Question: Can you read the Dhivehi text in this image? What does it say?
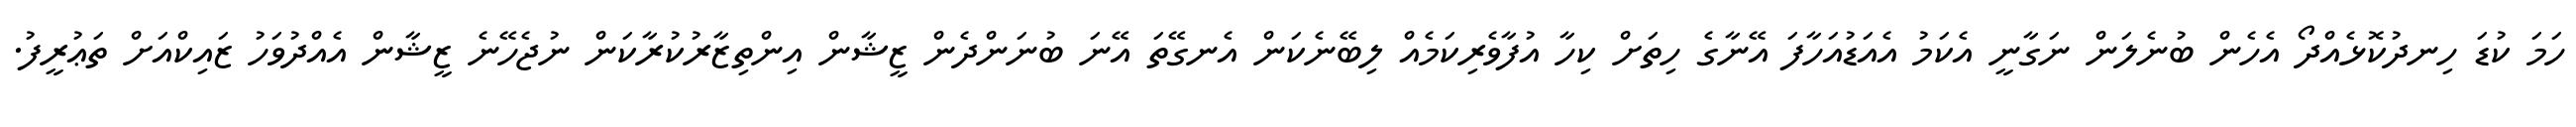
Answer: ހަމަ ކުޑަ ހިނދުކޮޅެއްދޯ އެހެން ބުނެލަން ނަގާނީ އެކަމު އެއަޑުއަހާފަ އޭނާގެ ހިތަށް ކިހާ އުފާވެރިކަމެއް ލިބޭނެކަން އެނގޭތަ އޭނަ ބުނަންދެން ޒީޝާން އިންތިޒާރުކުރާކަން ނުޖެހޭނެ ޒީޝާން އެއްދުވަހު ޒައިކްއަށް ތަޢުރީފު.